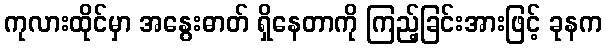
ကုလားထိုင်မှာ အနွေးဓာတ် ရှိနေတာကို ကြည့်ခြင်းအားဖြင့် ခုနက